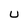
Character: U